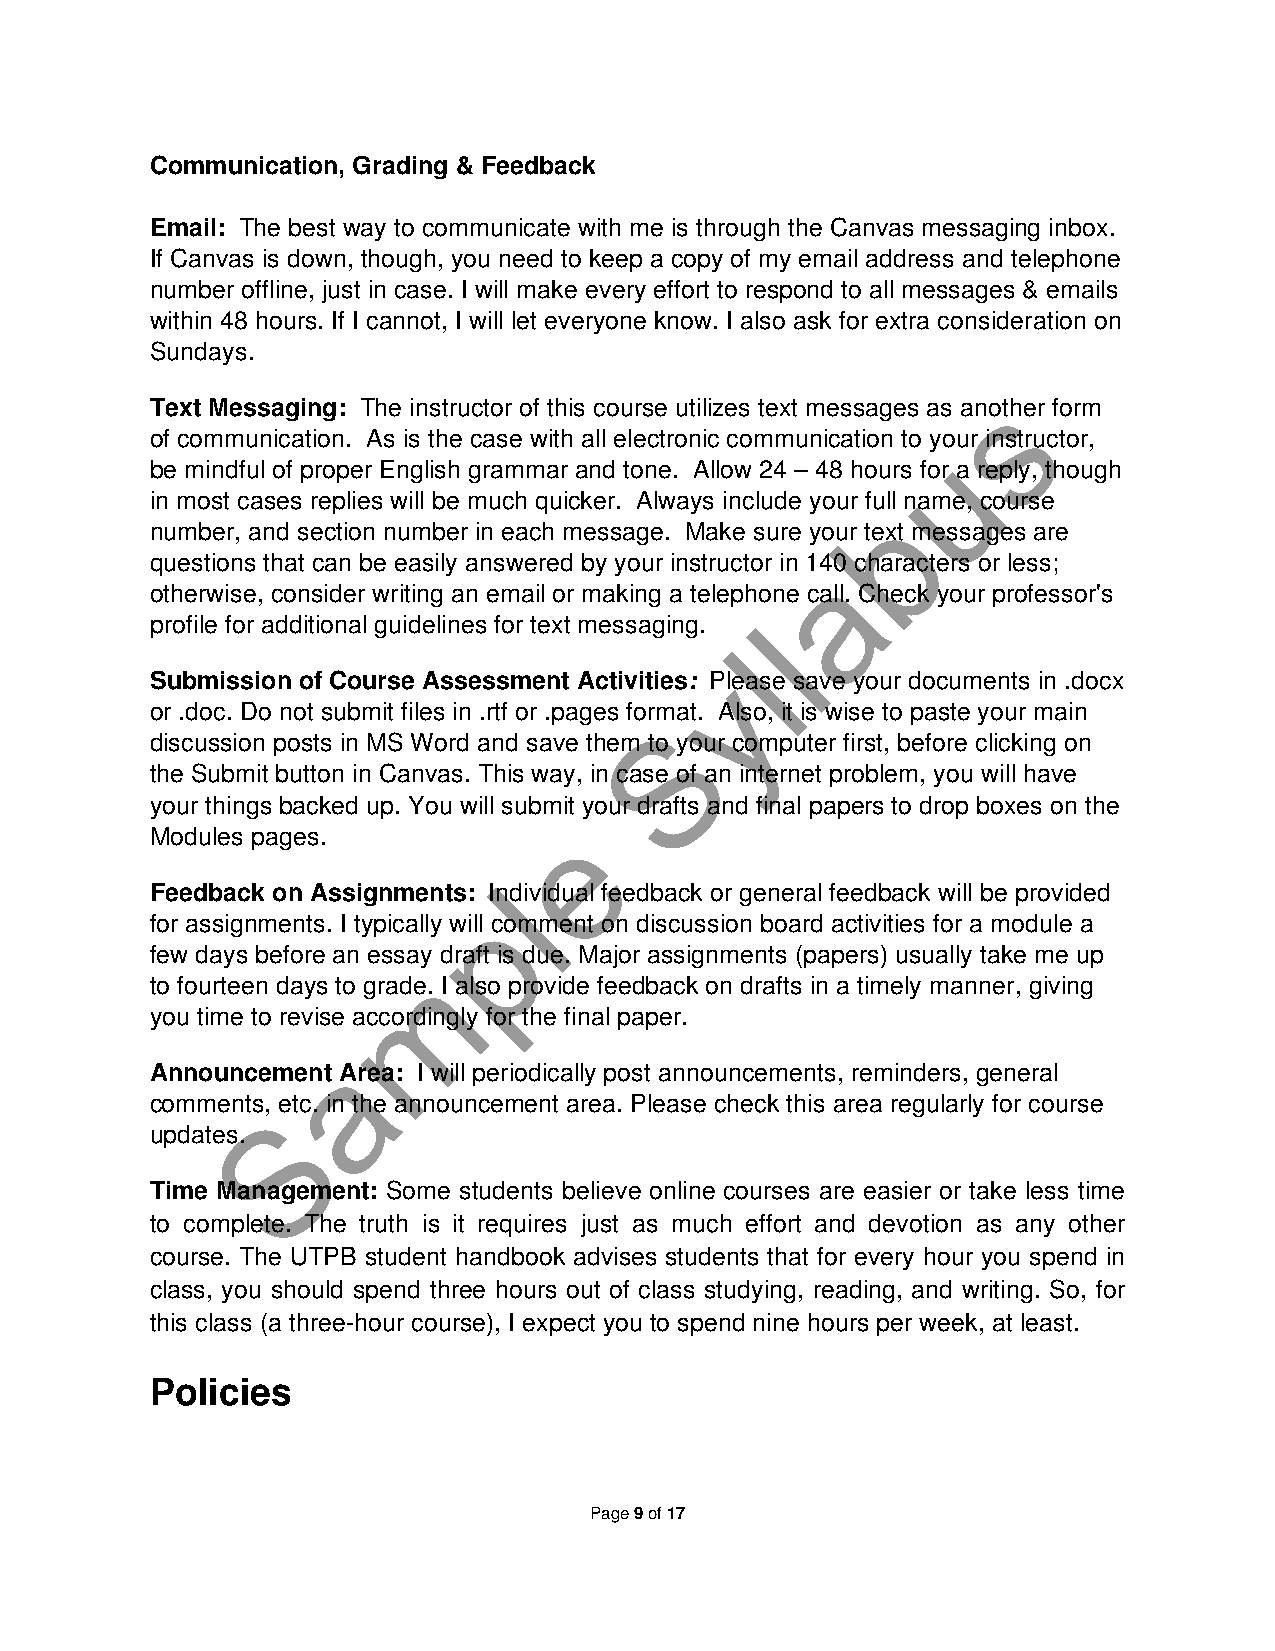
Communication, Grading & Feedback
 Email: The best way to communicate with me is through the Canvas messaging inbox.
 If Canvas is down, though, you need to keep a copy of my email address and telephone
 number offline, just in case. I will make every effort to respond to all messages & emails
 within 48 hours. If I cannot, I will let everyone know. I also ask for extra consideration on
 Sundays.
 s
 Text Messaging: The instructor of this course utilizes text messages as another form
 of communication. As is the case with all electronic communication to your instructor,
 u
 be mindful of proper English grammar and tone. Allow 24 – 48 hours for a reply, though
 in most cases replies will be much quicker. Always include your fubll name, course
 number, and section number in each message. Make sure your text messages are
 questions that can be easily answered by your instructor in 1a40 characters or less;
 otherwise, consider writing an email or making a telephone call. Check your professor's
 profile for additional guidelines for text messaging. l
 l
 Submission of Course Assessment Activities: y Please save your documents in .docx
 or .doc. Do not submit files in .rtf or .pages format. Also, it is wise to paste your main
 S
 discussion posts in MS Word and save them to your computer first, before clicking on
 the Submit button in Canvas. This way, in case of an internet problem, you will have
 your things backed up. You will submit your drafts and final papers to drop boxes on the
 e
 Modules pages.
 l
 Feedback on Assignments: Individual feedback or general feedback will be provided
 p
 for assignments. I typically will comment on discussion board activities for a module a
 few days before an essay draft is due. Major assignments (papers) usually take me up
 m
 to fourteen days to grade. I also provide feedback on drafts in a timely manner, giving
 you time to revise accordingly for the final paper.
 a
 Announcement Area: I will periodically post announcements, reminders, general
 comments, etc. in the announcement area. Please check this area regularly for course
 S
 updates.
 Time Management: Some students believe online courses are easier or take less time
 to complete. The truth is it requires just as much effort and devotion as any other
 course. The UTPB student handbook advises students that for every hour you spend in
 class, you should spend three hours out of class studying, reading, and writing. So, for
 this class (a three-hour course), I expect you to spend nine hours per week, at least.
 Policies
 Page 9 of 17